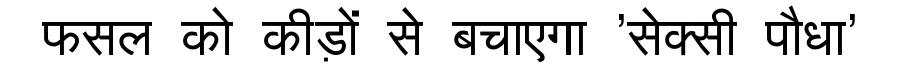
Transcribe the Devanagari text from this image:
फसल को कीड़ों से बचाएगा 'सेक्सी पौधा'